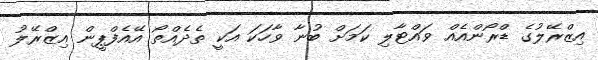
އިޒްރޭލުގެ ޑްރޯންއެއް ވައްޓާލި ކަމަށް ބުނާ ވާހަކަ އަކީ ތެދެއްތޯ އޭއެފްޕީން އިޒްރޭލު